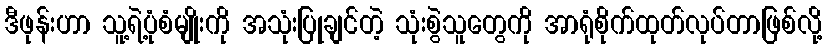
ဒီဖုန်းဟာ သူ့ရဲ့ပုံစံမျိုးကို အသုံးပြုချင်တဲ့ သုံးစွဲသူတွေကို အာရုံစိုက်ထုတ်လုပ်တာဖြစ်လို့